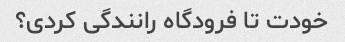
خودت تا فرودگاه رانندگی کردی؟